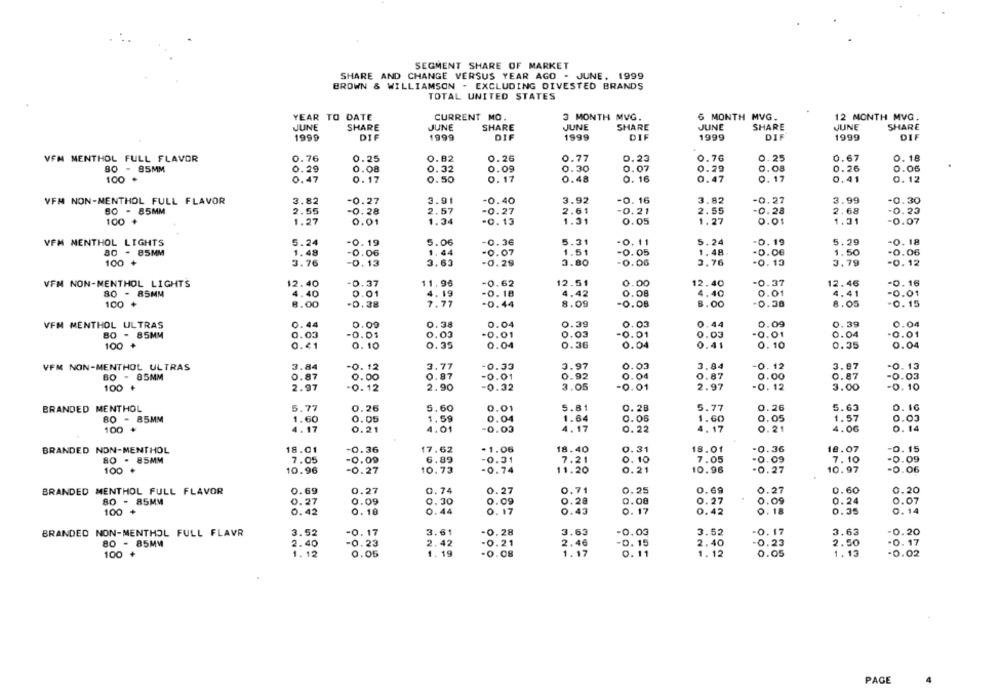
SEGMENT SHARE OF MARKET
SHARE AND CHANGE VERSUS YEAR AGO - JUNE, 1999
BROWN & WILLIAMSON - EXCLUDING DIVESTED BRANDS
TOTAL UNITED STATES
YEAR TO DATE
CURRENT MO.
3 MONTH MVG.
6 MONTH MVG.
12 MONTH MVG.
JUNE
SHARE
JUNE
SHARE
JUNE
SHARE
JUNE
SHARE
JUNE
SHARE
1999
DIF
1999
DIF
1999
DIF
1999
DIF
1999
DIF
VFM MENTHOL FULL FLAVOR
0.76
0.25
0.82
0.26
0.77
0.23
0.76
0.25
0.67
0. 18
80 - 85MM
0.29
0.08
0.32
0.09
0.30
0.07
0.29
0.08
0.26
0.06
100
0.47
0.17
0.50
0.17
0.48
0. 16
0.47
0. 17
0.41
0. 12
VFN NON-MENTHOL FULL FLAVOR
3.82
-0.27
3.91
-0.40
3.92
-0. 16
3.82
-0.27
3.99
-0.30
80 - 85MM
2.55
-0.28
2.57
-0.27
2.61
-0.21
2.55
-0.28
2.68
-0.23
100
1.27
0.01
1.34
-0.13
1.31
0.05
1.27
0.01
1.31
-0.07
VFM MENTHOL LIGHTS
-0.19
5.06
-0.36
5.31
-0. 11
5.24
-0.19
5.29
-0. 18
5.24
80 - 85MM
1.48
-0.06
1. 44
-0.07
1.51
-0.05
1.48
-0.06
1.50
-0.06
100 +
3.76
-0.13
3.63
-0.29
3.80
-0.06
3,76
.0. 13
3.79
-0.12
VFM NON-MENTHOL LIGHTS
2.40
11.96
-0.62
12.51
0.00
12.40
-0.37
12.46
-0.16
-0.37
80 - 85MM
4.40
0.01
4.19
-0. 18
4,42
0.08
4.40
0.01
4.41
-0.01
100 +
8.00
-0.38
7.77
-0.44
8.09
-0.08
8.00
-0.38
8.05
-0.15
VFN MENTHOL ULTRAS
0.44
0.00
0.38
0.04
0.39
0.03
0.44
0.09
0.39
0.04
80 - 85MM
0.03
-0.01
0.03
-0.01
0.03
-0.01
0.03
-0.01
0.04
-0.01
100 +
0.41
0.10
0.35
0.04
0.36
0.04
0.41
0.10
0.35
0.04
VFM NON-MENTHOL ULTRAS
3.84
-0.12
3.77
-0.33
3.97
0 . 03
3.84
-0.12
3.87
-0.13
80 - 85MM
0.87
0.00
0.87
-0.01
0.92
0.04
0.87
0.00
0.87
-0.03
100 +
2.97
-0. 12
2.90
-0.32
3.05
-0.01
2.97
-0.12
3.00
-0.10
BRANDED MENTHOL
5.77
0.26
5.60
0.01
5.81
0.28
5.77
0.26
5.63
0.16
80 - 85MM
1.60
0.05
1.59
0.04
1.64
0.06
1.60
0.05
1.57
0.03
100 *
4.17
0.21
4.01
-0.03
4.17
0. 22
4.17
0.21
4.06
0.14
BRANDED NON-MENTHOL
18.01
-0.36
17.62
-1.06
18.40
0.31
18.01
-0.36
18.07
-0. 15
80 - 85MM
7.05
-0.09
6.89
-0.31
7.21
0. 10
7.05
-0.09
7.10
-0.09
100
10.96
-0.27
10.73
-0.74
11.20
0.21
10.96
-0.27
10.97
-0.06
BRANDED MENTHOL FULL FLAVOR
0.69
0.27
0.74
0.27
0.71
0.25
0.69
0.27
0.60
0.20
80 - 85MM
0.27
0.09
0.30
0.09
0.28
0.08
0.27
0.09
0.24
0.07
100 +
0.42
0.10
0.44
0. 17
0.43
0.17
0.42
0.18
0.35
0.14
BRANDED NON-MENTHOL FULL FLAVR
3.52
-0.17
3.61
-0.28
3.63
-0.03
3.52
-0.17
3.63
-0.20
80 - 85MM
2.40
-0.23
2.42
-0.21
2.46
-0.15
2.40
-0.23
2.50
-0. 17
1.12
0.05
1.19
-0.08
1.17
0.11
1.12
0.05
1.13
-0.02
100
PAGE